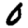
Digit: 0